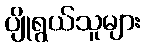
ပျိုရွယ်သူများ